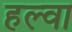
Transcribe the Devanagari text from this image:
हल्वा